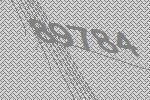
89784